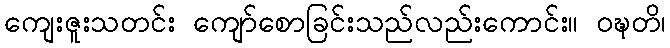
ကျေးဇူးသတင်း ကျော်စောခြင်းသည်လည်းကောင်း။ ဝဍ္ဎတိ၊